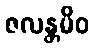
ဇလန္တမိဝ